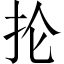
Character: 抡